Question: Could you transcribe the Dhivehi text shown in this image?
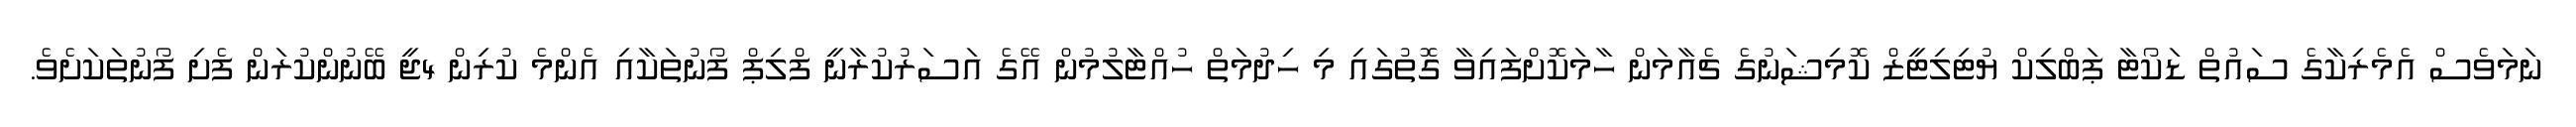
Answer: ނަމަވެސް އެމެރިކާގެ ސައުތް ޑަކޯޓާ ޕަބްލިކް ޔުޓިލިޓީޒް ކޮމިޝަނުގެ ޗެއާމަން ހާމަކޮށްފައިވާ ގޮތުގައި މި ހިދުމަތް ހުއްޓާލުމުން އޭގެ އަސަރުކުރާނީ ފްލިޕް ފޯނުތަކާއި އެންމެ ކުރިން 4ޖީ ބޭނުންކުރަން ފެށި ފޯނުތަކަށެވެ.